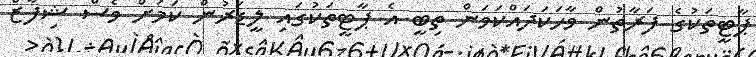
ޕާޓީތަކުގެ ފަރާތުން ވާހަކަދައްކަވަން ތިބީ އެ ޕާޓީތަކުގައި ލީޑަރުން ކަމަށް ވެސް ޝިފާޒް